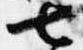
七